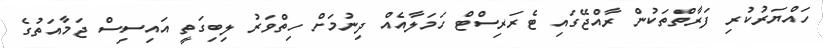
ހައްޔަރުކުރި ފަރާތްތަކުން ރާއްޖޭގައި ޓެރަރިސްޓް ހަމަލާއެއް ދިނުމަށް ހިތްވަރު ލިބިގަތީ އައިސިސް ޖަމާއަތުގެ